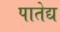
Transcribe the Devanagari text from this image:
पातेद्य